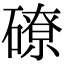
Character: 𥕴